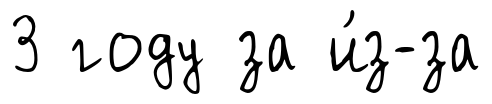
3 году за и́з-за